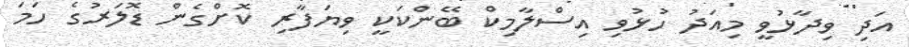
އަދި ވިދާޅުވީ މިއަދު ހުޅުވި އިސްލާމިކް ބޭންކަކީ ވިޔަފާރި ކޮށްގެން ޑޮލަރުގެ ހަމަ